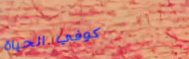
كوفي الحياة